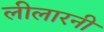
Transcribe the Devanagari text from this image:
लीलारनी